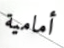
أمامية